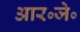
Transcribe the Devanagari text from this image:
आर॰जे॰